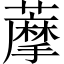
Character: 藦